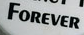
FOREVER